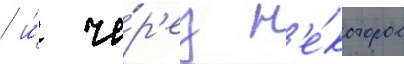
/ и́ че́р'ез н'е́которое